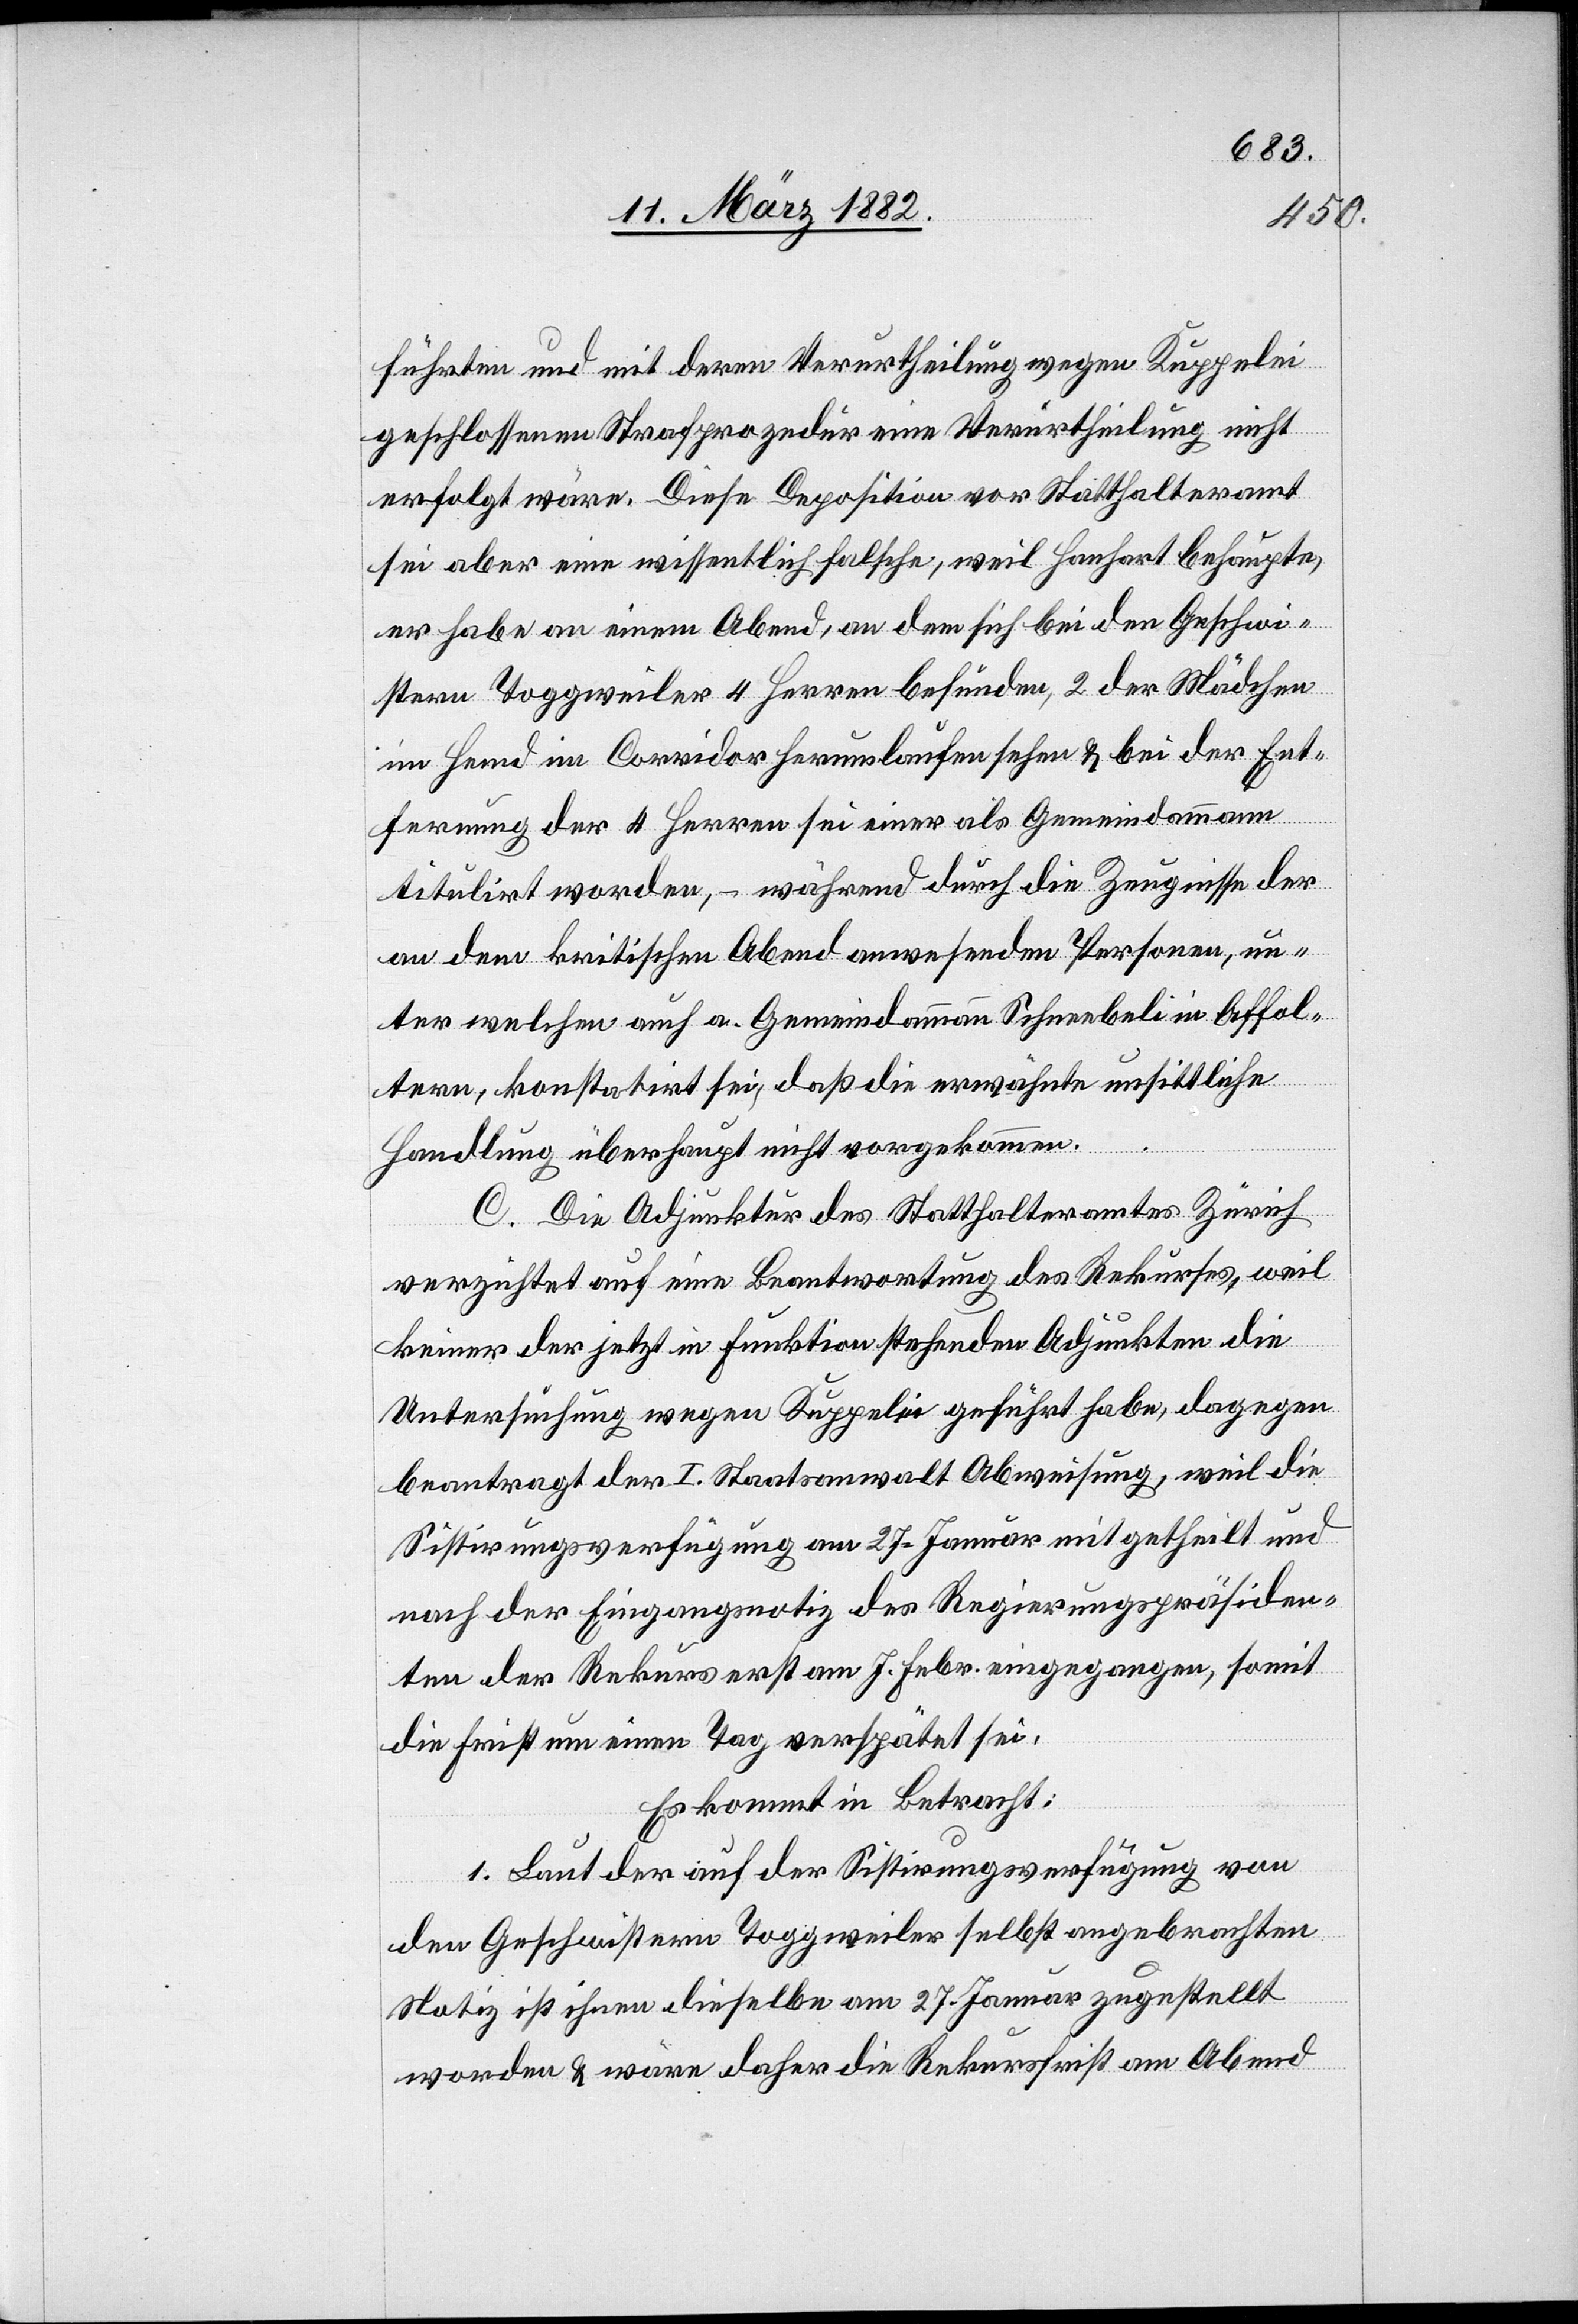
führten und mit deren Verurtheilung wegen Kuppelei
geschlossenen Strafprozedur eine Verurtheilung nicht
erfolgt wäre. Diese Deposition vor Statthalteramt
sei aber eine wissentlich falsche, weil Hanhart behaupte,
er habe an einem Abend, an dem sich bei den Geschwi¬
sterm Toggweiler 4 Herren befunden, 2 der Mädchen
im Hemd im Corridor herumaufen sehen & bei der Ent¬
fernung der 4 Herren sei einer als Gemeindeammann
titulirt worden, – während durch die Zeugnisse der
an dem kritischen Abend anwesenden Personen, un¬
ter welchen auch a. Gemeindeammann Schneebeli in Affol¬
tern, konstatirt sei, daß die erwähnte unsittliche
Handlung überhaupt nicht vorgekommen.
C. Die Adjunktur des Statthalteramtes Zürich
verzichtet auf eine Beantwortung des Rekurses, weil
keiner der jetzt in Funktion stehenden Adjunkten die
Untersuchung wegen Kuppelei geführt habe, dagegen
beantragt der I. Staatsanwalt Abweisung, weil die
Sistirungsverfügung am 27. Januar mitgetheilt und
nach er Eingangsnotiz des Regierungspräsiden¬
ten der Rekurs erst am 7. Febr. eingegangen, somit
die Frist um einen Tag verspätet sei.
Es kommt in Betracht:
1. Laut der auf der Sistirungsverfügung von
den Geschwistern Toggweiler selbst angebrachten
Notiz ist ihnen dieselbe am 27. Januar zugestellt
worden & wäre daher die Rekursfrist am Abend